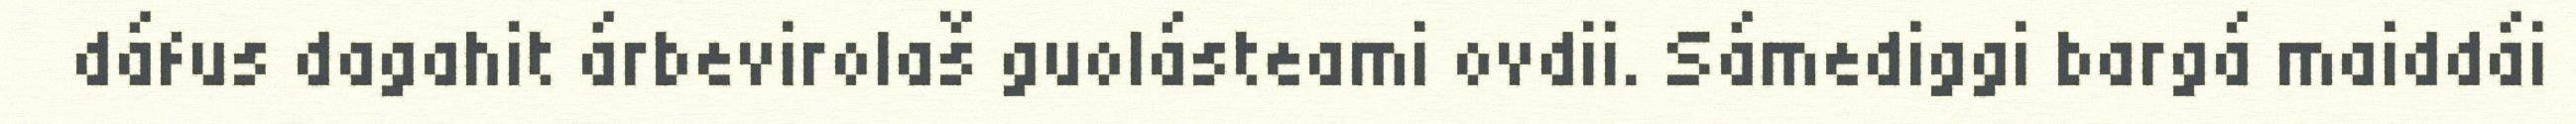
dáfus dagahit árbevirolaš guolásteami ovdii. Sámediggi bargá maiddái